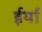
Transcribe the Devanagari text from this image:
ईर्या